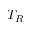
T _ { R }